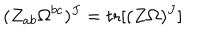
LaTeX: ( Z _ { a b } \Omega ^ { b c } ) ^ { J } = \mathrm { t r } [ ( Z \Omega ) ^ { J } ]